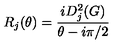
R _ { j } ( \theta ) = \frac { i D _ { j } ^ { 2 } ( G ) } { \theta - i \pi / 2 }